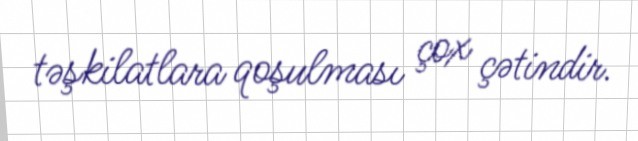
təşkilatlara qoşulması çox çətindir.